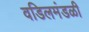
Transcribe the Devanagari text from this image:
वडिलमंडळी